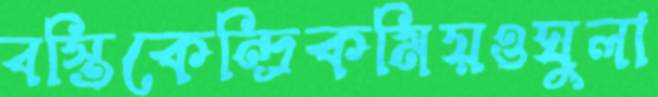
বস্তিকেন্দ্রিকমিয়ওঘুলা